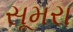
સૂમરા